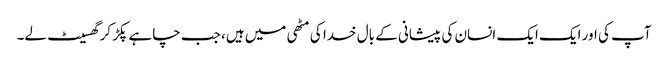
آپ کی اور ایک ایک انسان کی پیشانی کے بال خدا کی مٹھی میں ہیں، جب چاہے پکڑ کر گھسیٹ لے۔